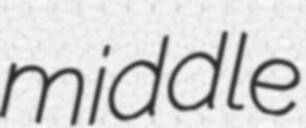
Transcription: middle